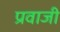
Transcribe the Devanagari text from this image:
प्रवाजी